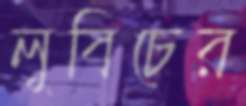
লুবিচের